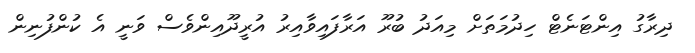
ދިރާގު އިންޓަނެޓް ހިދުމަތަށް މިއަދު ބުރޫ އަރާފައިވާއިރު އުރީދޫއިންވެސް ވަނީ އެ ކުންފުނިން